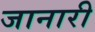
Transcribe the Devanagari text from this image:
जानारी